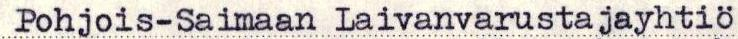
Pohjois-Saimaan Laivanvarustajayhtiö